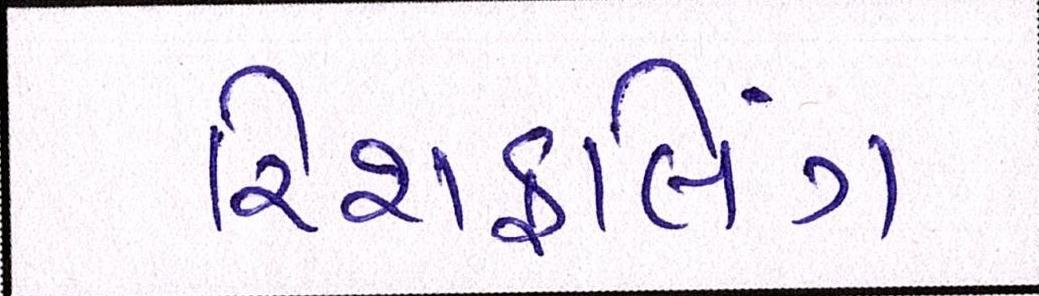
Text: રિશફલિંગ